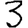
Digit: 3